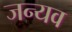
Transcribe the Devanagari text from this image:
जन्यव